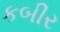
કબીર